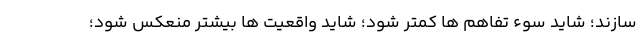
سازند؛ شاید سوء تفاهم ها کمتر شود؛ شاید واقعیت ها بیشتر منعکس شود؛